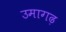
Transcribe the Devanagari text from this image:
उमागढ़